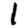
Digit: 1